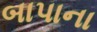
બાપાના